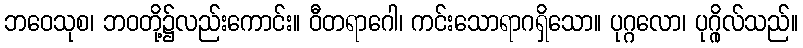
ဘဝေသုစ၊ ဘဝတို့၌လည်းကောင်း။ ဝီတရာဂေါ၊ ကင်းသောရာဂရှိသော။ ပုဂ္ဂလော၊ ပုဂ္ဂိုလ်သည်။